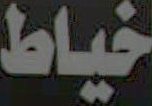
خياط